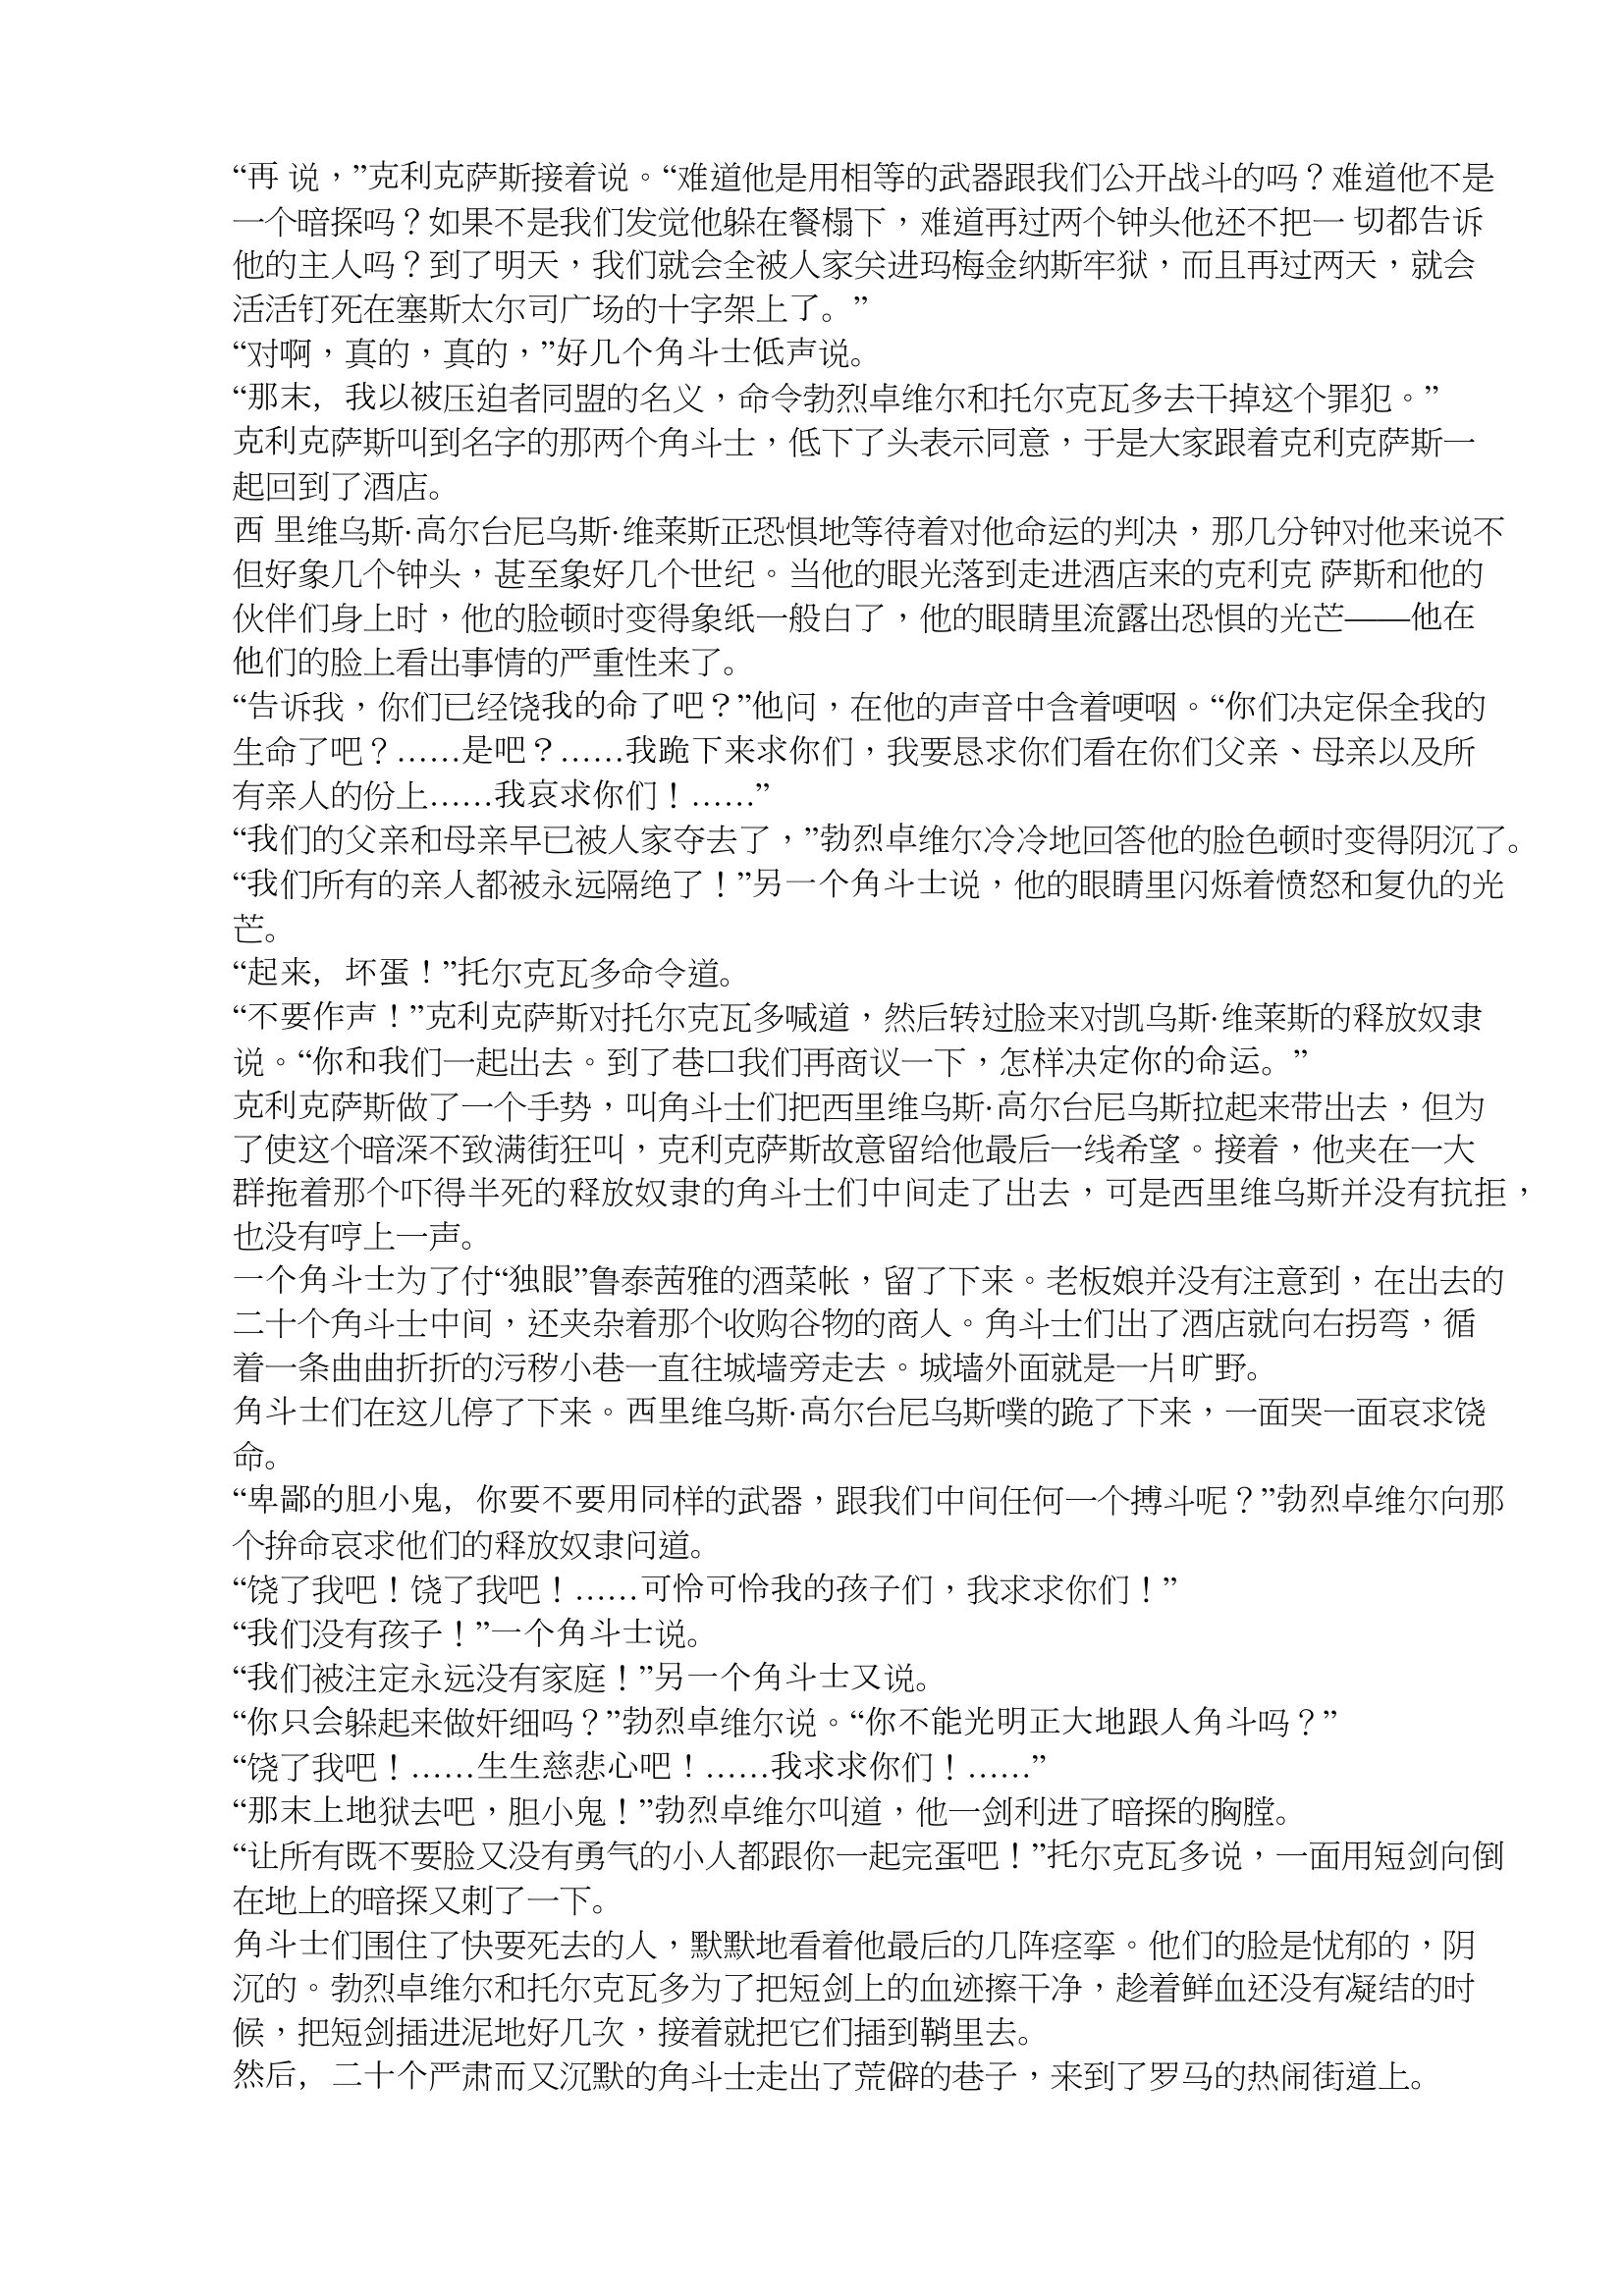
Language: zh